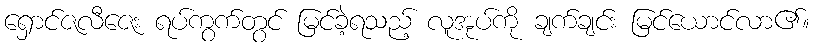
ရှောင်ဇလီဇေး ရပ်ကွက်တွင် မြင်ခဲ့ရသည့် လူအုပ်ကို ချက်ချင်း မြင်ယောင်လာ၏။